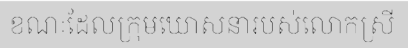
ខណៈដែលក្រុមឃោសនារបស់លោកស្រី